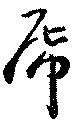
席